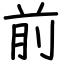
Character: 前